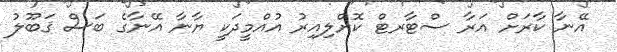
އޭނާ ކާރަށް އަރާ ސްޓާރޓް ކޮށްލިއިރު އުއްމީދަކީ ޔާނާ އޭނާގެ ބަސް ޤަބޫލު